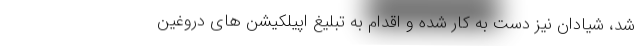
شد، شیادان نیز دست به کار شده و اقدام به تبلیغ اپیلکیشن های دروغین